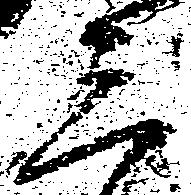
三